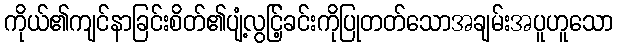
ကိုယ်၏ကျင်နာခြင်းစိတ်၏ပျံ့လွင်ြ့ခင်းကိုပြုတတ်သောအချမ်းအပူဟူသော